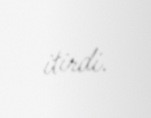
itirdi.